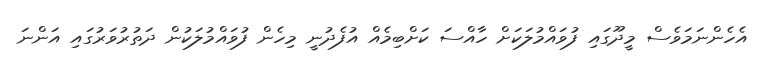
އެހެންނަމަވެސް މީދޫގައި ފުވައްމުލަކަށް ހާއްސަ ކަށްބިމެއް އުފެދުނީ މިހެން ފުވައްމުލަކުން ދަތުރުވަރުގައި އަންނަ